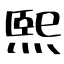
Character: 熙